Report on sanitation, dispensaries, and jails in Rajputana for 1918, and on vaccination for the year 1918-1919 - 1918-1919
Year: 1918
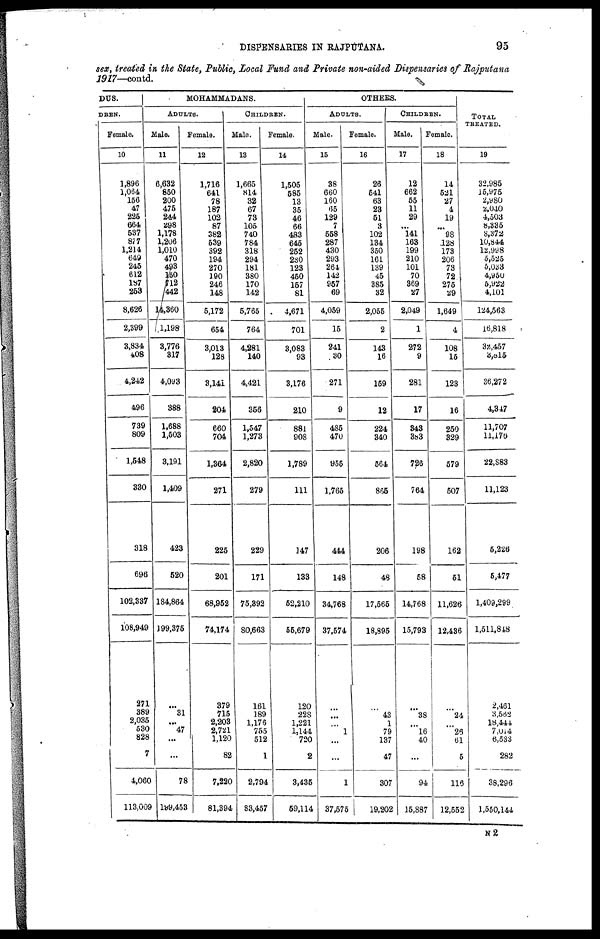
DISPENSARIES IN RAJPUTANA.
95
sex, treated in the State, Public, Local Fund and Private non-aided Dispensaries of Rajputana
1917—contd.
DUS.
DREN.
Female.
10
1,896
1,064
156
47
225
664
537
877
1,214
649
245
612
187
253
8,626
2,399
3,834
408
4,242
496
739
809
1,548
330
318
696
102,337
108,949
271
389
2,035
530
828
7
4,060
113,009
MOHAMMADANS.
ADULTS.
Male.
11
6,632
850
200
475
244
298
1,178
1,206
1,010
470
493
150
712
442
14,360
1,198
3,776
317
4,093
388
1,688
1,503
3,191
1,409
423
520
184,864
199,375
...
31
...
47
...
...
78
199,453
Female.
12
1,716
641
78
187
102
87
382
539
392
194
270
190
246
148
5,172
654
3,013
128
3,141
204
660
704
1,364
271
225
201
68,952
74,174
379
715
2,203
2,721
1,120
82
7,220
81,394
CHILDREN.
Male.
13
1,665
814
32
67
73
105
740
784
318
294
181
380
170
142
5,765
764
4,281
140
4,421
356
1,547
1,273
2,820
279
229
171
75,392
80,663
161
189
1,176
755
512
1
2,794
83,457
Female.
14
1,505
585
13
35
46
66
483
645
252
230
123
450
157
81
4,671
701
3,083
93
3,176
210
881
908
1,789
111
147
133
52,210
55,679
120
228
1,221
1,144
720
2
3,435
59,114
OTHERS.
ADULTS.
Male.
15
38
660
160
65
129
7
558
287
430
293
264
142
957
69
4,059
15
241
30
271
9
485
470
955
1,765
444
148
34,768
37,574
...
...
...
1
...
...
1
37,575
Female.
16
26
541
63
23
51
3
102
134
350
161
139
45
385
32
2,055
2
143
16
159
12
224
340
564
865
206
48
17,565
18,895
...
43
1
79
137
47
307
19,202
CHILDREN.
Male.
17
12
662
55
11
29
...
141
163
199
210
101
70
369
27
2,049
1
272
9
281
17
343
383
726
764
198
58
14,768
15,793
...
38
...
16
40
...
94
15,887
Female.
18
14
521
27
4
19
...
98
128
173
206
73
72
275
29
1,649
4
108
15
123
16
250
329
579
507
162
51
11,626
12,436
...
24
...
23
61
5
116
12,552
TOTAL
TREATED.
19
32,985
15,975
2,980
2,040
4,503
8,335
8,372
10,844
12,998
5,525
5,033
4,950
5,922
4,101
124,563
16,818
32,457
3,815
36,272
4,347
11,707
11,176
22,883
11,123
5,226
5,477
1,409,299
1,511,848
2,461
3,562
18,444
7,014
6,533
282
38,296
1,550,144
N2